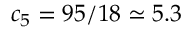
c _ { 5 } = 9 5 / 1 8 \simeq 5 . 3